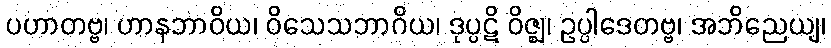
ပဟာတဗ္ဗ၊ ဟာနဘာဝိယ၊ ဝိသေသဘာဂိယ၊ ဒုပ္ပဋိ ဝိဇ္ဈ၊ ဥပ္ပါဒေတဗ္ဗ၊ အဘိညေယျ၊